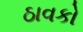
ઠાવકો